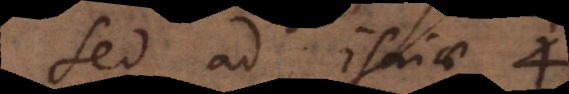
Sed ad Isaiae 4.